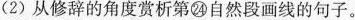
(2) 从修辞的角度赏析第㉔自然段画线的句子。